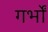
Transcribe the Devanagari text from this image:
गर्भों